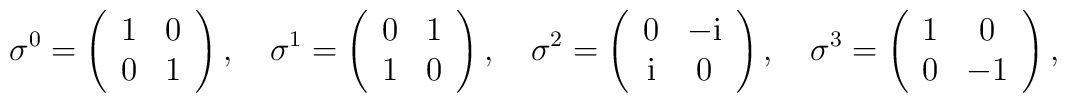
\sigma^0 = \left( \begin{array}{cc}                      1 & 0 \\                      0 & 1                    \end{array} \right), \quad  \sigma^1 = \left( \begin{array}{cc}                      0 & 1 \\                      1 & 0                    \end{array} \right), \quad  \sigma^2 = \left( \begin{array}{cc}                      0 & -\mathrm{i} \\                      \mathrm{i} & 0                    \end{array} \right), \quad  \sigma^3 = \left( \begin{array}{cc}                      1 & 0 \\                      0 & -1                    \end{array} \right),\\